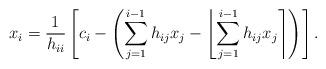
LaTeX: \begin{align*}x_i &= \frac{1}{h_{ii}} \left[c_i -\left( \sum_{j=1}^{i-1}h_{ij} x_j - \left \lfloor \sum_{j=1}^{i-1}h_{ij} x_j \right \rceil \right)\right].\end{align*}